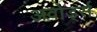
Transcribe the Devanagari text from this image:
अवोर्ड्स